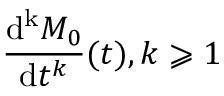
{ \frac { \mathrm { d ^ { k } } M _ { 0 } } { \mathrm { d } t ^ { k } } } ( t ) , k \geqslant 1